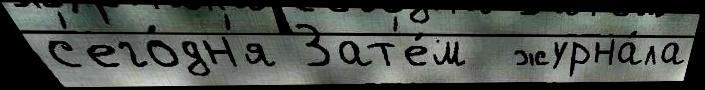
с'его́дн'я Зат'е́м  журна́ла